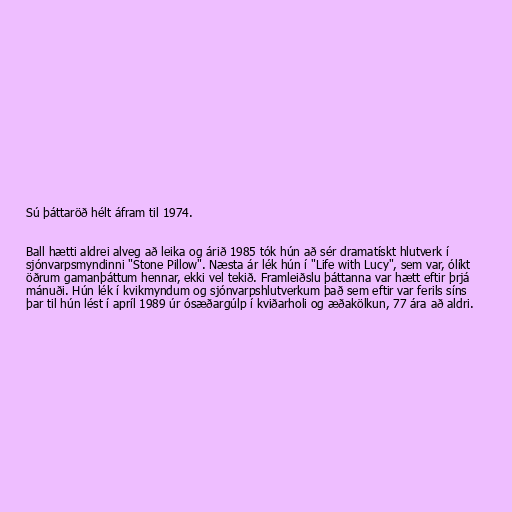
Sú þáttaröð hélt áfram til 1974.

Ball hætti aldrei alveg að leika og árið 1985 tók hún að sér dramatískt hlutverk í
sjónvarpsmyndinni "Stone Pillow". Næsta ár lék hún í "Life with Lucy", sem var, ólíkt
öðrum gamanþáttum hennar, ekki vel tekið. Framleiðslu þáttanna var hætt eftir þrjá
mánuði. Hún lék í kvikmyndum og sjónvarpshlutverkum það sem eftir var ferils síns
þar til hún lést í apríl 1989 úr ósæðargúlp í kviðarholi og æðakölkun, 77 ára að aldri.